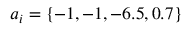
a _ { i } = \{ - 1 , - 1 , - 6 . 5 , 0 . 7 \}